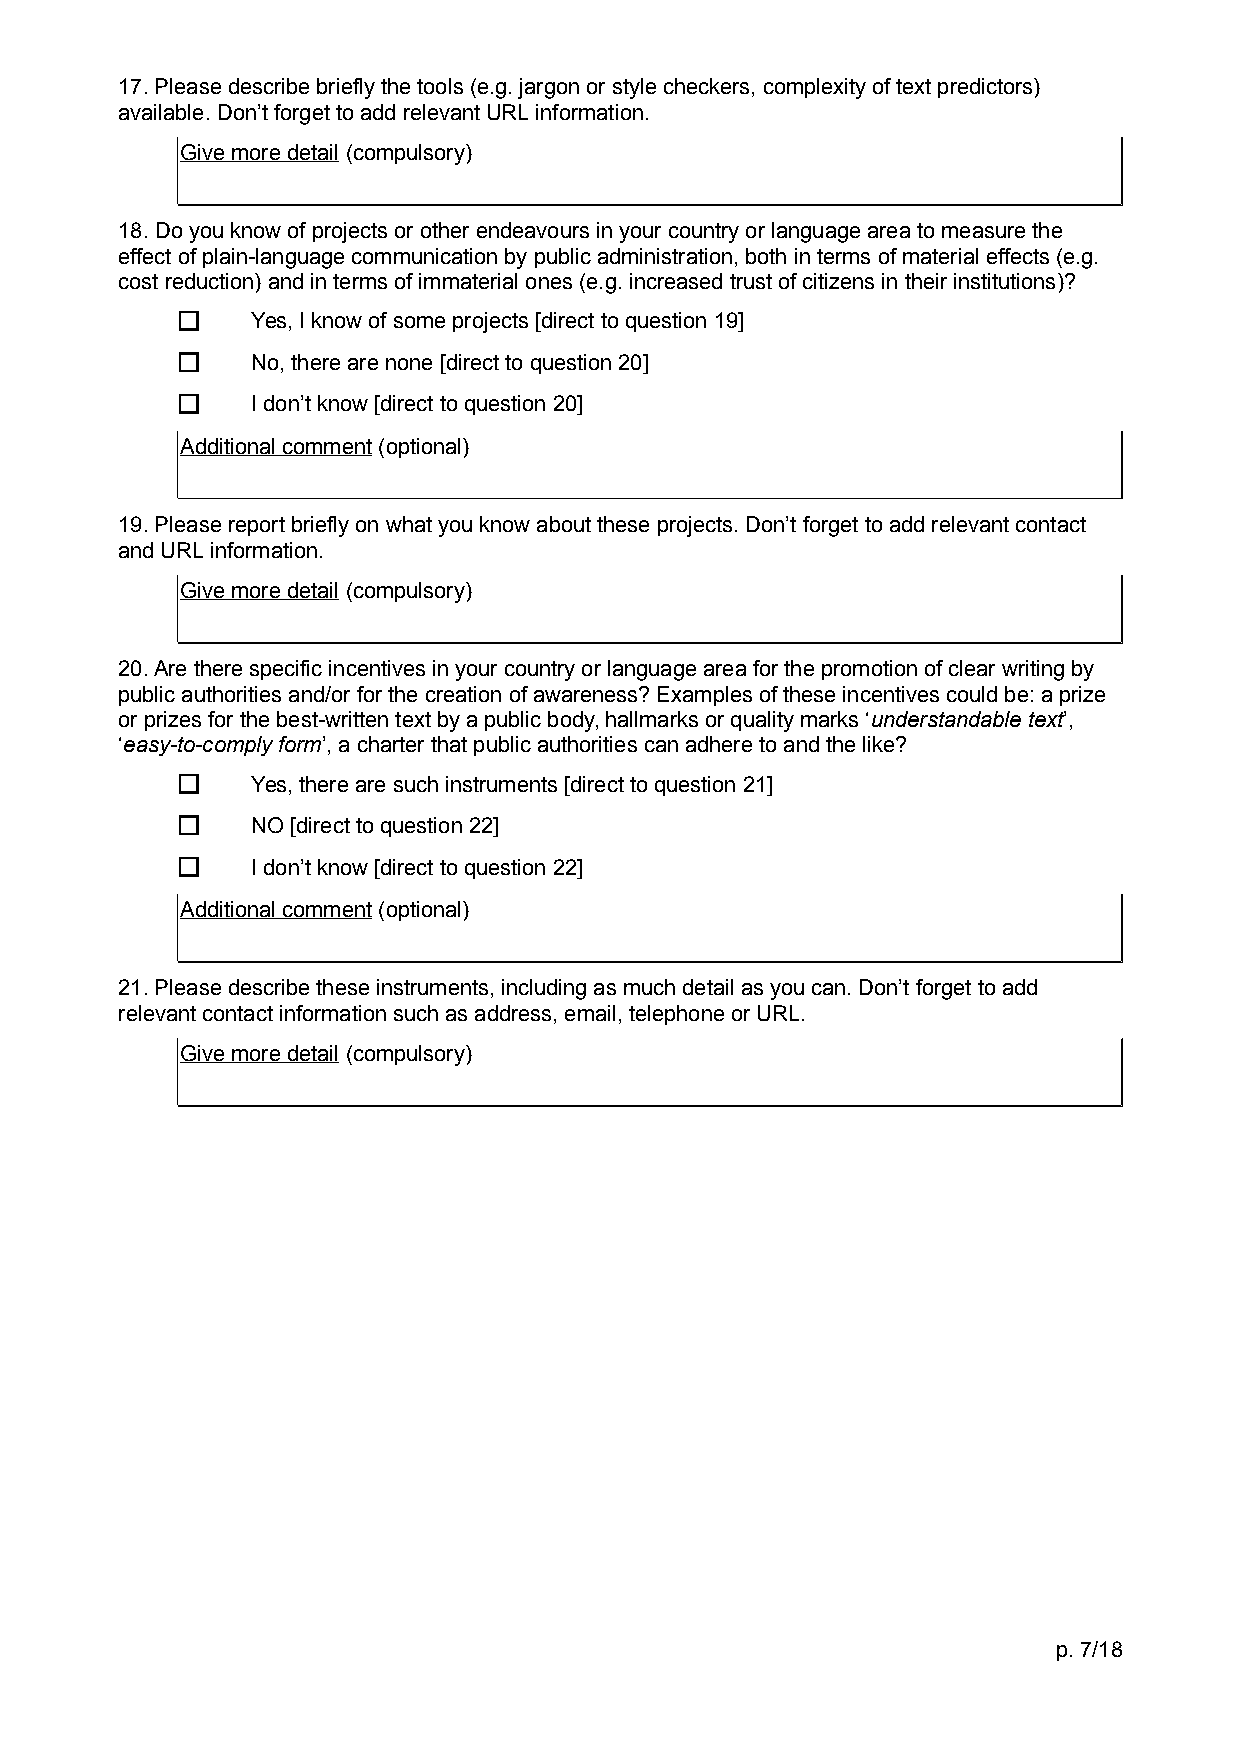
17. Please describe briefly the tools (e.g. jargon or style checkers, complexity of text predictors)
 available. Don’t forget to add relevant URL information.
 Give more detail (compulsory)
 18. Do you know of projects or other endeavours in your country or language area to measure the
 effect of plain-language communication by public administration, both in terms of material effects (e.g.
 cost reduction) and in terms of immaterial ones (e.g. increased trust of citizens in their institutions)?
 Yes, I know of some projects [direct to question 19]
 No, there are none [direct to question 20]
 I don’t know [direct to question 20]
 Additional comment (optional)
 19. Please report briefly on what you know about these projects. Don’t forget to add relevant contact
 and URL information.
 Give more detail (compulsory)
 20. Are there specific incentives in your country or language area for the promotion of clear writing by
 public authorities and/or for the creation of awareness? Examples of these incentives could be: a prize
 or prizes for the best-written text by a public body, hallmarks or quality marks ‘understandable text’,
 ‘easy-to-comply form’, a charter that public authorities can adhere to and the like?
 Yes, there are such instruments [direct to question 21]
 NO [direct to question 22]
 I don’t know [direct to question 22]
 Additional comment (optional)
 21. Please describe these instruments, including as much detail as you can. Don’t forget to add
 relevant contact information such as address, email, telephone or URL.
 Give more detail (compulsory)
 p. 7/18